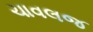
ચાવલજ